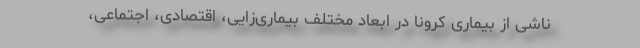
ناشی از بیماری کرونا در ابعاد مختلف بیماری‌زایی، اقتصادی، اجتماعی،